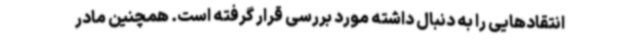
انتقادهایی را به دنبال داشته مورد بررسی قرار گرفته است. همچنین مادر